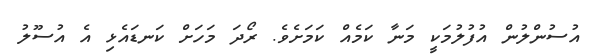
އުސުންލުން އުފުލުމަކީ މަނާ ކަމެއް ކަމަށެވެ. ރޯދަ މަހަށް ކަނޑައެޅި އެ އުސޫލު